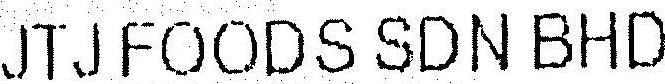
JTJFOODS SDN BHD